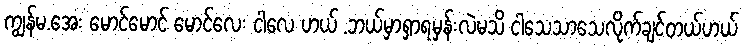
ကျွန်မ.အေး မောင်မောင် မောင်လေး ငါလေ ဟယ် .ဘယ်မှာရှာရမှန်းလဲမသိ ငါသေသာသေလိုက်ချင်တယ်ဟယ်